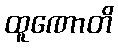
ထူဏောတိ